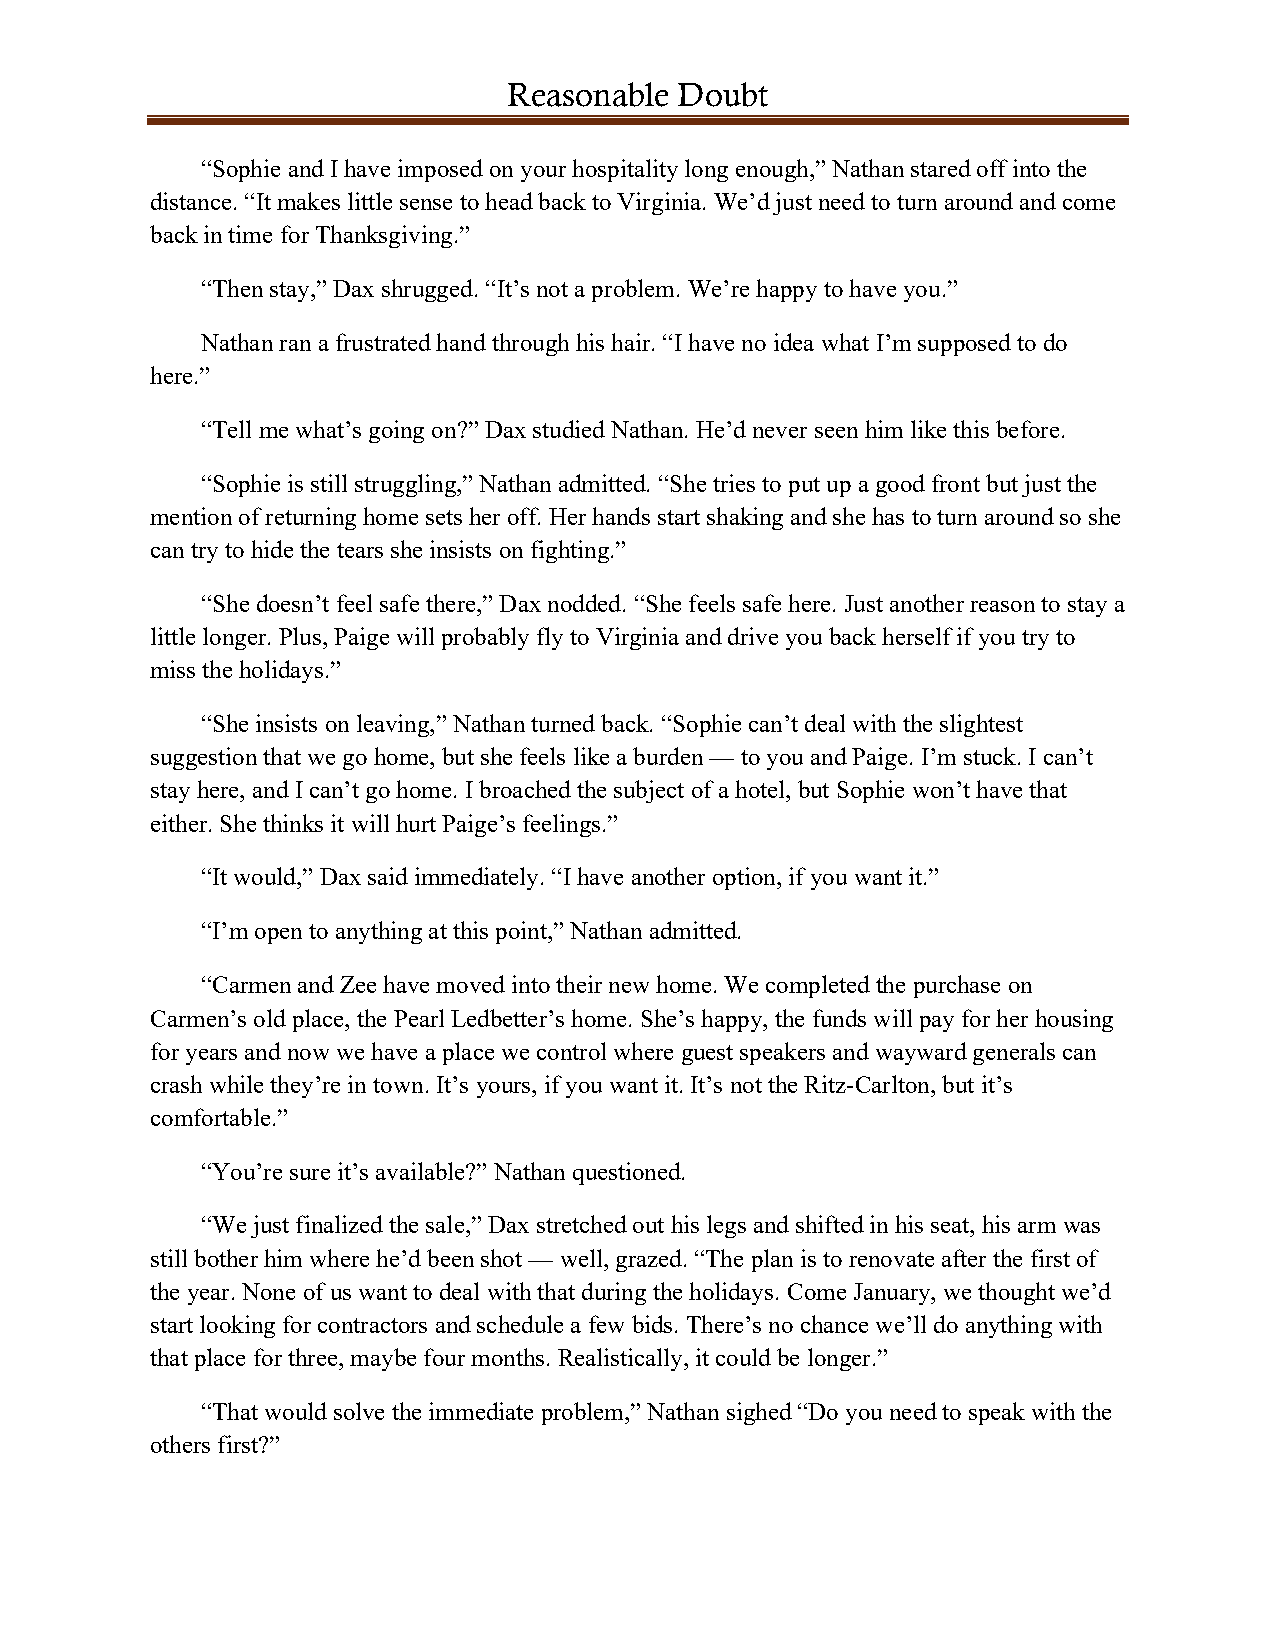
Reasonable Doubt
 “Sophie and I have imposed on your hospitality long enough,” Nathan stared off into the
 distance. “It makes little sense to head back to Virginia. We’d just need to turn around and come
 back in time for Thanksgiving.”
 “Then stay,” Dax shrugged. “It’s not a problem. We’re happy to have you.”
 Nathan ran a frustrated hand through his hair. “I have no idea what I’m supposed to do
 here.”
 “Tell me what’s going on?” Dax studied Nathan. He’d never seen him like this before.
 “Sophie is still struggling,” Nathan admitted. “She tries to put up a good front but just the
 mention of returning home sets her off. Her hands start shaking and she has to turn around so she
 can try to hide the tears she insists on fighting.”
 “She doesn’t feel safe there,” Dax nodded. “She feels safe here. Just another reason to stay a
 little longer. Plus, Paige will probably fly to Virginia and drive you back herself if you try to
 miss the holidays.”
 “She insists on leaving,” Nathan turned back. “Sophie can’t deal with the slightest
 suggestion that we go home, but she feels like a burden — to you and Paige. I’m stuck. I can’t
 stay here, and I can’t go home. I broached the subject of a hotel, but Sophie won’t have that
 either. She thinks it will hurt Paige’s feelings.”
 “It would,” Dax said immediately. “I have another option, if you want it.”
 “I’m open to anything at this point,” Nathan admitted.
 “Carmen and Zee have moved into their new home. We completed the purchase on
 Carmen’s old place, the Pearl Ledbetter’s home. She’s happy, the funds will pay for her housing
 for years and now we have a place we control where guest speakers and wayward generals can
 crash while they’re in town. It’s yours, if you want it. It’s not the Ritz-Carlton, but it’s
 comfortable.”
 “You’re sure it’s available?” Nathan questioned.
 “We just finalized the sale,” Dax stretched out his legs and shifted in his seat, his arm was
 still bother him where he’d been shot — well, grazed. “The plan is to renovate after the first of
 the year. None of us want to deal with that during the holidays. Come January, we thought we’d
 start looking for contractors and schedule a few bids. There’s no chance we’ll do anything with
 that place for three, maybe four months. Realistically, it could be longer.”
 “That would solve the immediate problem,” Nathan sighed “Do you need to speak with the
 others first?”